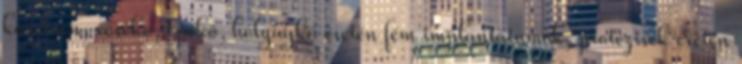
követően, vesekő, epekő, hólyagkő esetén fém implantátumok, protézisek esetén